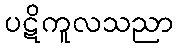
ပဋိကူလသညာ